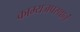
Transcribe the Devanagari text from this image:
काम्यजपस्थानं